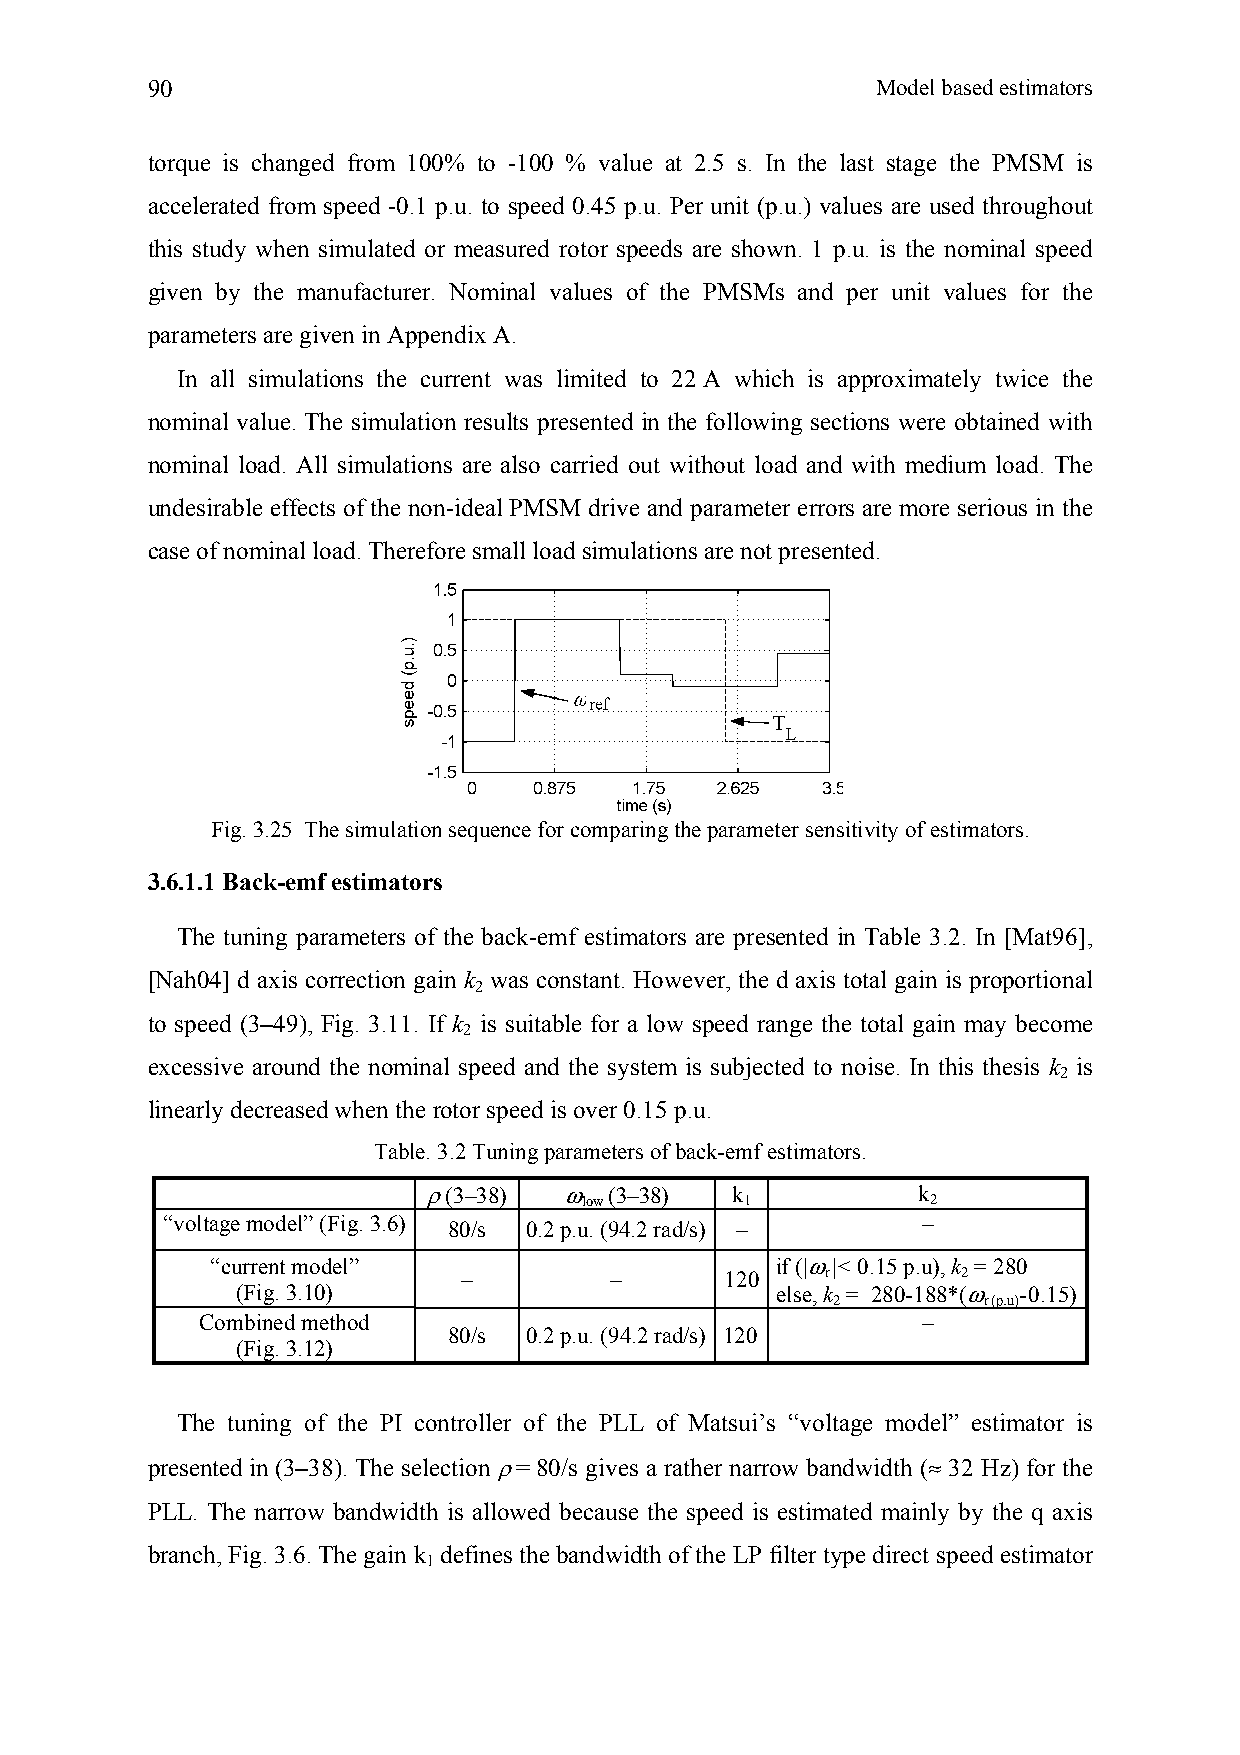
90                                              Model based estimators
 torque is changed from 100% to -100 % value at 2.5 s. In the last stage the PMSM is
 accelerated from speed -0.1 p.u. to speed 0.45 p.u. Per unit (p.u.) values are used throughout
 this study when simulated or measured rotor speeds are shown. 1 p.u. is the nominal speed
 given by the manufacturer. Nominal values of the PMSMs and per unit values for the
 parameters are given in Appendix A.
 In all simulations the current was limited to 22 A which is approximately twice the
 nominal value. The simulation results presented in the following sections were obtained with
 nominal load. All simulations are also carried out without load and with medium load. The
 undesirable effects of the non-ideal PMSM drive and parameter errors are more serious in the
 case of nominal load. Therefore small load simulations are not presented.
 Fig. 3.25 The simulation sequence for comparing the parameter sensitivity of estimators.
 3.6.1.1 Back-emf estimators
 The tuning parameters of the back-emf estimators are presented in Table 3.2. In [Mat96],
 [Nah04] d axis correction gain k was constant. However, the d axis total gain is proportional
 2
 to speed (3–49), Fig. 3.11. If k is suitable for a low speed range the total gain may become
 2
 excessive around the nominal speed and the system is subjected to noise. In this thesis k is
 2
 linearly decreased when the rotor speed is over 0.15 p.u.
 Table. 3.2 Tuning parameters of back-emf estimators.
 ρ (3–38) ω  (3–38)  k            k
 low       1            2
 “voltage model” (Fig. 3.6)                        –
 80/s 0.2 p.u. (94.2 rad/s) –
 “current model”                      if (|ω|< 0.15 p.u), k = 280
 –        –       120    r        2
 (Fig. 3.10)                        else, k = 280-188*(ω -0.15)
 2         r(p.u)
 Combined method                                 –
 80/s 0.2 p.u. (94.2 rad/s) 120
 (Fig. 3.12)
 The tuning of the PI controller of the PLL of Matsui’s “voltage model” estimator is
 presented in (3–38). The selection ρ = 80/s gives a rather narrow bandwidth (≈ 32 Hz) for the
 PLL. The narrow bandwidth is allowed because the speed is estimated mainly by the q axis
 branch, Fig. 3.6. The gain k defines the bandwidth of the LP filter type direct speed estimator
 1